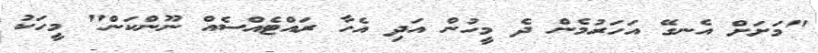
"މަށަށް އެނގޭ އަހަރުމެން ދެ މީހުން އަދި އެހާ ރައްޓެއްސެއް ނޫންކަން" މީހަކު